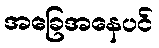
အခြေအနေပင်